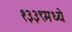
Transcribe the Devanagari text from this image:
१३३९मध्ये